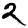
Digit: 2